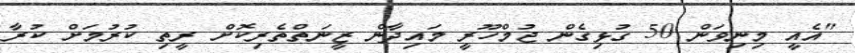
"އެއީ މިނިވަން 50 ގުޅިގެން ޖުމްހޫރީ މައިދާން ޒީނަތްތެރިކޮށް ރީތި ކުރުމަށް ކުރާ